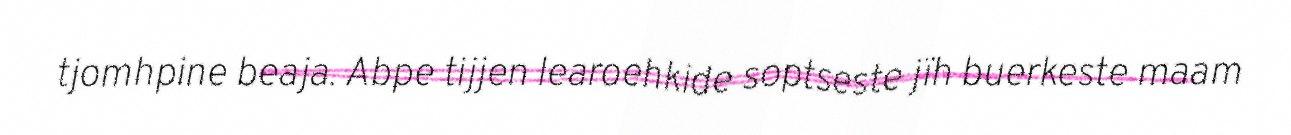
tjomhpine beaja. Abpe tijjen learoehkide soptseste jïh buerkeste maam